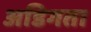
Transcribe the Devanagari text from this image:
अडिगता